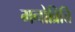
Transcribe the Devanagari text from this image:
मनोव्रित्ति